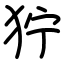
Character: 狞